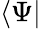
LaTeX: \langle\Psi|